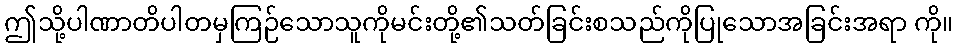
ဤသို့ပါဏာတိပါတမှကြဉ်သောသူကိုမင်းတို့၏သတ်ခြင်းစသည်ကိုပြုသောအခြင်းအရာ ကို။